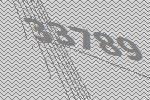
33789